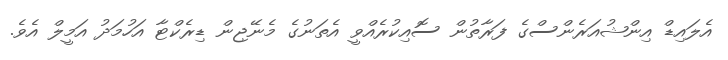
އެލައިޑް އިންޝުއަރެންސްގެ ފަރާތުން ސޮއިކުރެއްވީ އެތަނުގެ މެނޭޖިން ޑިރެކްޓާ އަހުމަދު އަމީލް އެވެ.